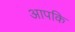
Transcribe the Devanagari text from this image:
आपकि